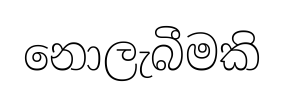
නොලැබීමකි